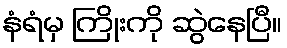
နံရံမှ ကြိုးကို ဆွဲနေပြီ။